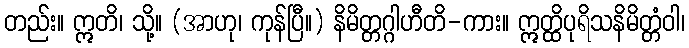
တည်း။ ဣတိ၊ သို့။ (အာဟု၊ ကုန်ပြီ။) နိမိတ္တဂ္ဂါဟီတိ-ကား။ ဣတ္ထိပုရိသနိမိတ္တံဝါ၊